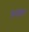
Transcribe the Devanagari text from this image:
हेमोप्टेरा